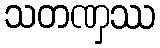
သတဏှဿ